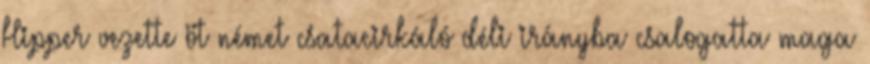
Hipper vezette öt német csatacirkáló déli irányba csalogatta maga